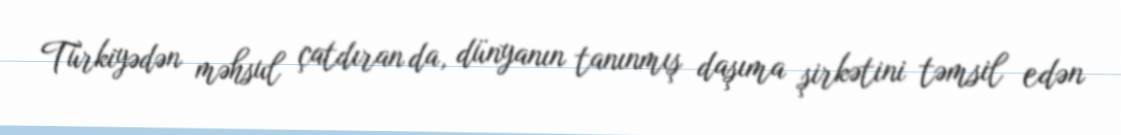
Türkiyədən məhsul çatdıran da, dünyanın tanınmış daşıma şirkətini təmsil edən